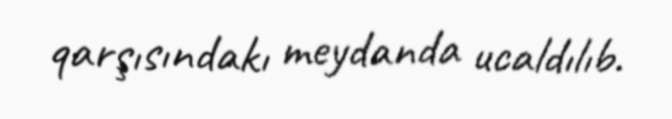
qarşısındakı meydanda ucaldılıb.